Civil Veterinary Department Bihar & Orissa reports 1929-36 - 1929-1936
Year: 1929
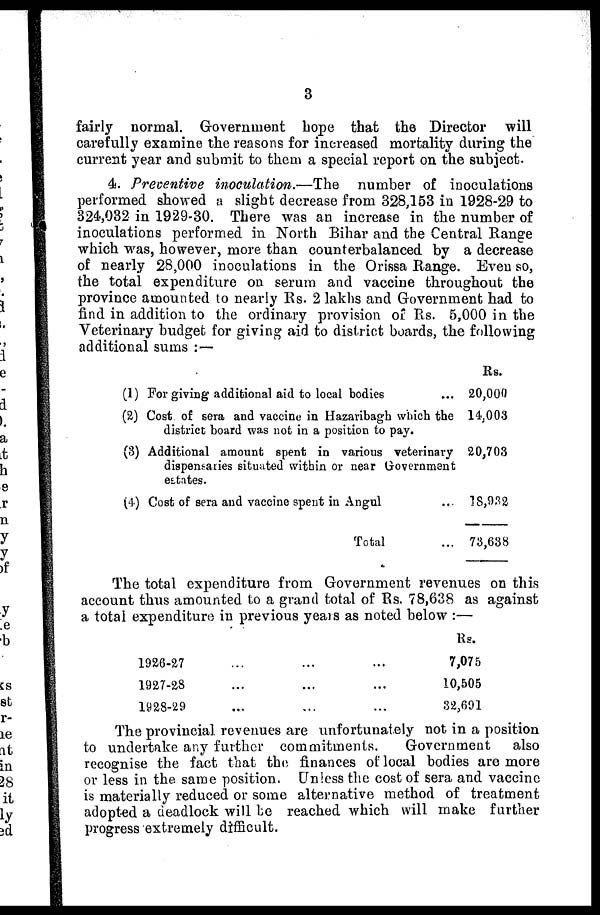
3
fairly normal. Government hope that the Director will
carefully examine the reasons for increased mortality during the
current year and submit to them a special report on the subject.
4. Preventive inoculation.—The
number of inoculations
performed showed a slight decrease from 328,153 in 1928-29 to
324,032 in 1929-30. There was an increase in the number of
inoculations performed in North Bihar and the Central Range
which was, however, more than counterbalanced by a decrease
of nearly 28,000 inoculations in the Orissa Range. Even so,
the total expenditure on serum and vaccine throughout the
province amounted to nearly Rs. 2 lakhs and Government had to
find in addition to the ordinary provision of Rs. 5,000 in the
Veterinary budget for giving aid to district boards, the following
additional sums :—
(1)
(2)
(3)
(4)
Forgiving additional aid to local bodies ...
Cost of sera and vaccine in Hazaribagh winch the
district board was not in a position to pay.
Additional amount spent in various veterinary
dispensaries situated within or near Government
estates.
Cost of sera and vaccine spent in Angul ...
Total ...
Rs.
20,000
14,003
20,703
18,932
73,638
The total expenditure from Government revenues on this
account thus amounted to a grand total of Rs. 78,638 as against
a total expenditure in previous years as noted below :—
1926-27 ... ... ...
1927-28 ... ... ...
1928-29 ... ... ...
Rs.
7,075
10,505
32,691
The provincial revenues are unfortunately not in a position
to undertake any further commitments.
Government
also
recognise the fact that the finances of local bodies are more
or less in the same position. Unless the cost of sera and vaccine
is materially reduced or some alternative method of treatment
adopted a deadlock will be reached which will make farther
progress extremely difficult.